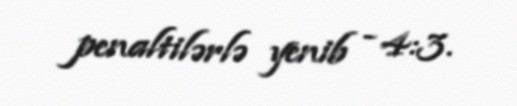
penaltilərlə yenib - 4:3.